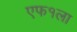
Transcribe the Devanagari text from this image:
एफ१ला